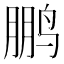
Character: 鹏